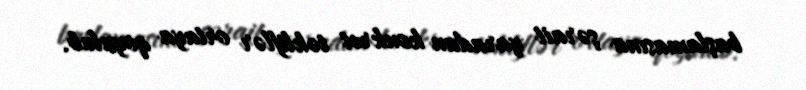
başlamasına şərait yaradan konkret təkliflər ortaya qoyulub.